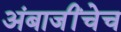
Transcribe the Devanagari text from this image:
अंबाजींचेच